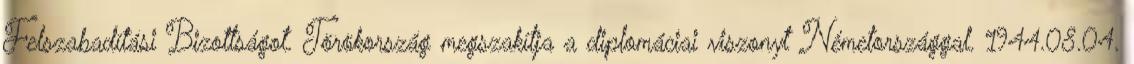
Felszabadítási Bizottságot. Törökország megszakítja a diplomáciai viszonyt Németországgal. 1944.08.04.